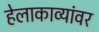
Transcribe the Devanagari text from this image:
हेलाकाव्यांवर